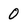
Character: 0